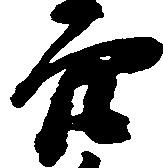
穴